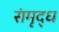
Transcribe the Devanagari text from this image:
संमृद्ध